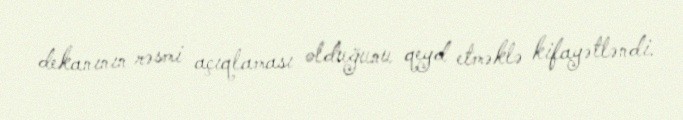
dekanının rəsmi açıqlaması olduğunu qeyd etməklə kifayətləndi.